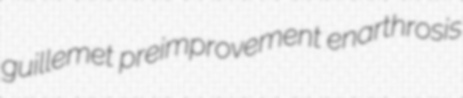
guillemet preimprovement enarthrosis